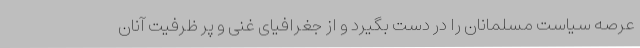
عرصه سیاست مسلمانان را در دست بگیرد و از جغرافیای غنی و پر ظرفیت آنان